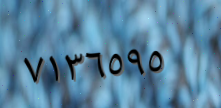
٧١٣٦٥٩٥